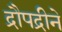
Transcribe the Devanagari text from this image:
द्रौपद्रीने